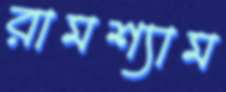
রামশ্যাম